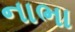
નાભા